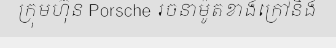
ក្រុមហ៊ុន Porsche រចនាម៉ូតខាងក្រៅនិង